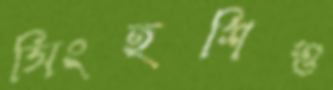
সিংহশিশু